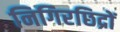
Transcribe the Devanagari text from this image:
निगिरछिद्रों